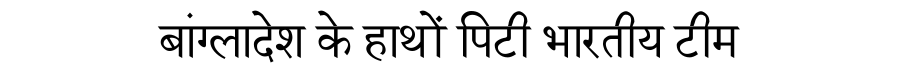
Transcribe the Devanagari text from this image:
बांग्लादेश के हाथों पिटी भारतीय टीम